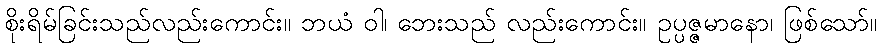
စိုးရိမ်ခြင်းသည်လည်းကောင်း။ ဘယံ ဝါ၊ ဘေးသည် လည်းကောင်း။ ဥပ္ပဇ္ဇမာနော၊ ဖြစ်သော်။